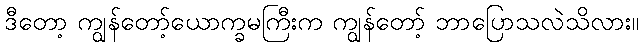
ဒီတော့ ကျွန်တော့်ယောက္ခမကြီးက ကျွန်တော့် ဘာပြောသလဲသိလား။